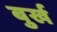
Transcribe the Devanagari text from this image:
बुर्ख